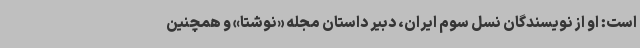
است: او از نویسندگان نسل سوم ایران، دبیر داستان مجله «نوشتا» و همچنین